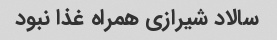
سالاد شیرازی همراه غذا نبود